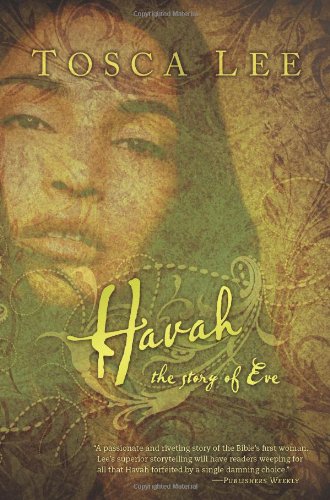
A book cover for Havah; Tosca Lee; Christian Books & Bibles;